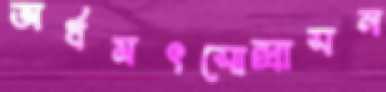
অর্ধমৎসোন্দ্রাসন